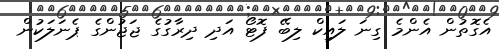
އެގޮތުން އެންމެ ގިނަ ލައިކް ލިބޭ ފޮޓޯ އަދި ދިރާގުގެ ޖަޖުންގެ ޕެނަލަކުން